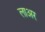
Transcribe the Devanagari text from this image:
लाअर